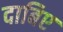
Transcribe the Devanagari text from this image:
दाबिए